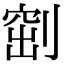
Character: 𠞀